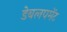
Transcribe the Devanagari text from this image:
डेबलपमेंट